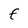
Character: F